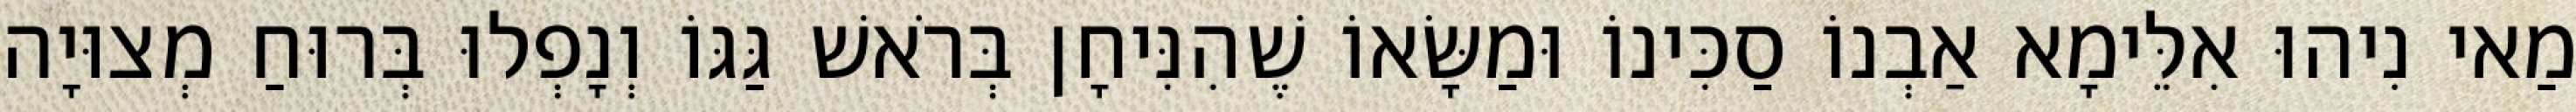
מַאי נִיהוּ אִלֵּימָא אַבְנוֹ סַכִּינוֹ וּמַשָּׂאוֹ שֶׁהִנִּיחָן בְּרֹאשׁ גַּגּוֹ וְנָפְלוּ בְּרוּחַ מְצוּיָה